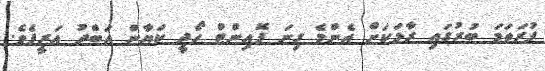
ފުރަތަމަ ބުރުގައި ރާޅަކަށް އެންމެ ގިނަ ޕޮއިންޓް ހޯދީ ކަޔާން އަބްދު އަރީފެވެ.